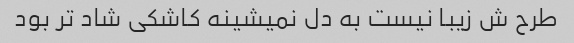
طرح ش زیبا نیست به دل نمیشینه کاشکی شاد تر بود